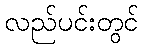
လည်ပင်းတွင်